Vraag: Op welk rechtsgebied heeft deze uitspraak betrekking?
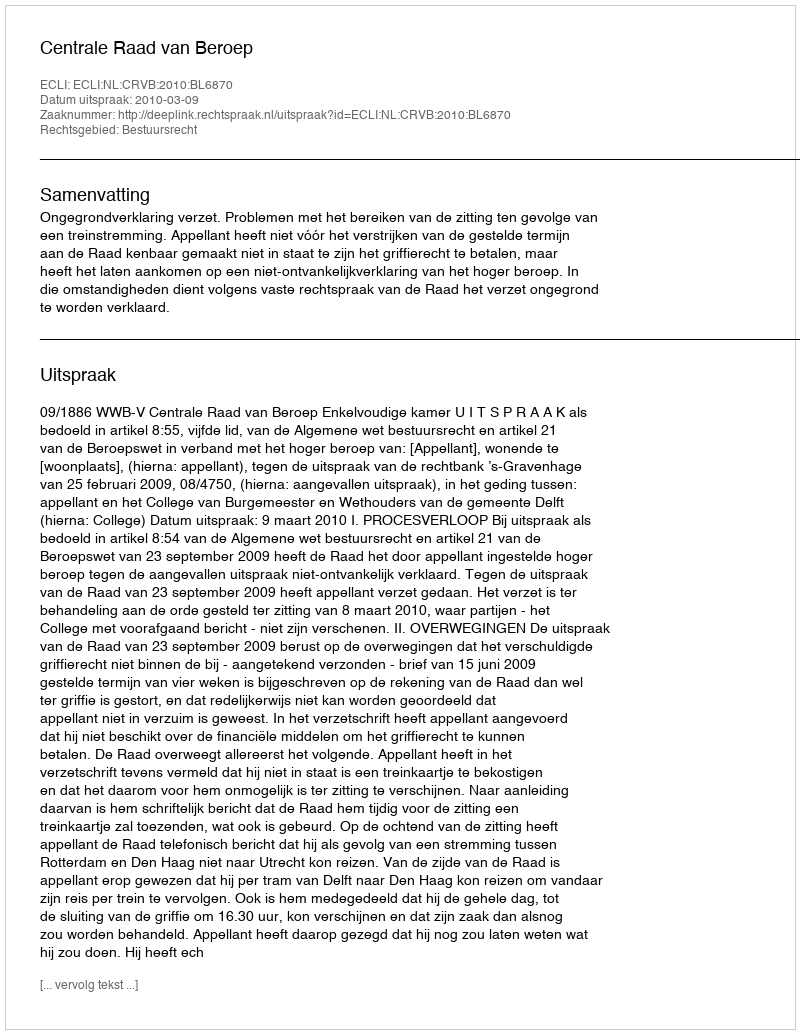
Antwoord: Bestuursrecht